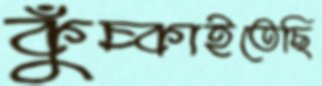
কুঁচ্‌কাইতেছি